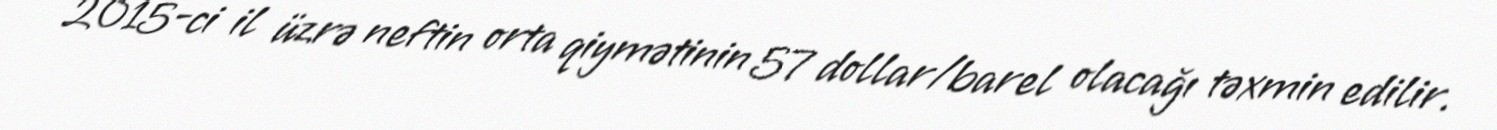
2015-ci il üzrə neftin orta qiymətinin 57 dollar/barel olacağı təxmin edilir.